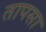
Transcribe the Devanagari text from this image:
तापसा